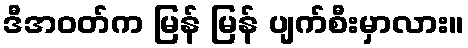
ဒီအဝတ်က မြန် မြန် ပျက်စီးမှာလား။